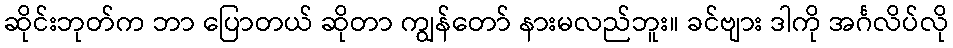
ဆိုင်းဘုတ်က ဘာ ပြောတယ် ဆိုတာ ကျွန်တော် နားမလည်ဘူး။ ခင်ဗျား ဒါကို အင်္ဂလိပ်လို